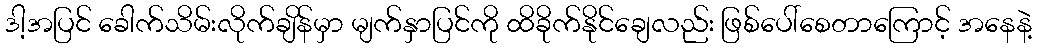
ဒါ့အပြင် ခေါက်သိမ်းလိုက်ချိန်မှာ မျက်နှာပြင်ကို ထိခိုက်နိုင်ချေလည်း ဖြစ်ပေါ်စေတာကြောင့် အနေနဲ့